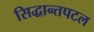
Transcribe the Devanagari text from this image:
सिद्धान्तपटल